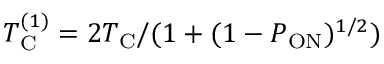
T _ { \mathrm { C } } ^ { ( 1 ) } = 2 T _ { \mathrm { C } } / ( 1 + ( 1 - P _ { \mathrm { O N } } ) ^ { 1 / 2 } )